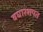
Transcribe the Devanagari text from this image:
वघारशपत